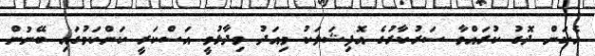
އެކަން ދޮގު ކުރައްވާ ސަރުކާރުގެ އޮފިޝަލަކު މިއަދު ވިދާޅުވީ އަސްކަރީ ކަންކަމުގައި ބޭނުން